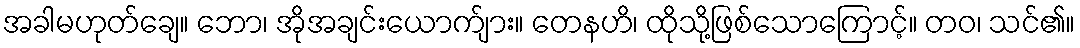
အခါမဟုတ်ချေ။ ဘော၊ အိုအချင်းယောက်ျား။ တေနဟိ၊ ထိုသို့ဖြစ်သောကြောင့်။ တဝ၊ သင်၏။